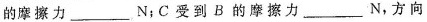
的摩擦力___N；C受到B的摩擦力___N，方向